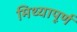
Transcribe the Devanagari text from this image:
मिथ्यापूर्ण